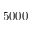
5 0 0 0